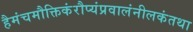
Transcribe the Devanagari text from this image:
हैमंचमौक्तिकंरौप्यंप्रवालंनीलकंतथा